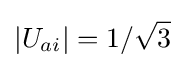
|U_{ai}|=1/{\sqrt {3}}